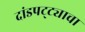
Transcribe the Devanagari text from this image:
दांडपट्ट्याचा